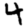
Digit: 4